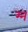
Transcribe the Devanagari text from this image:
म्न